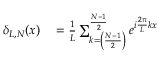
\begin{array} { r l } { \delta _ { L , N } ( x ) } & { { } = \frac { 1 } { L } \sum _ { k = \left( \frac { N - 1 } { 2 } \right) } ^ { \frac { N - 1 } { 2 } } e ^ { i \frac { 2 \pi } { L } k x } } \end{array}